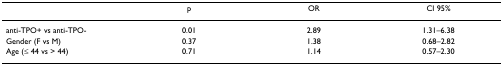
<table><thead><tr><td></td><td><b>p</b></td><td><b>OR</b></td><td><b>CI 95%</b></td></tr></thead><tbody><tr><td>anti-TPO+ vs anti-TPO-</td><td>0.01</td><td>2.89</td><td>1.31–6.38</td></tr><tr><td>Gender (F vs M)</td><td>0.37</td><td>1.38</td><td>0.68–2.82</td></tr><tr><td>Age (≤ 44 vs &gt; 44)</td><td>0.71</td><td>1.14</td><td>0.57–2.30</td></tr></tbody></table>